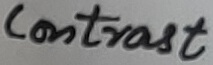
Text: Contrast